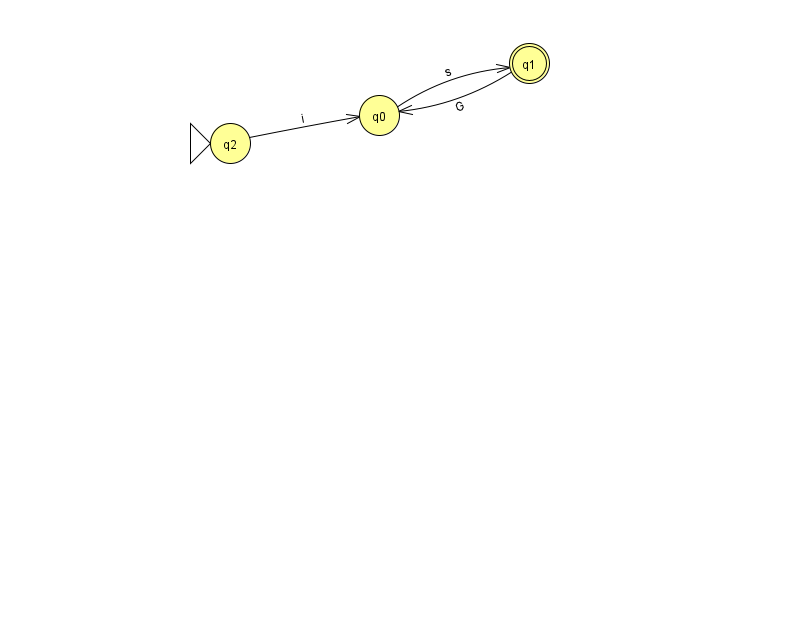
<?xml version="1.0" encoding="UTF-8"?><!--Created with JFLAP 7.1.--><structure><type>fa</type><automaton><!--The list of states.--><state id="0" name="q0"><x>379.0</x><y>102.0</y></state><state id="1" name="q1"><x>529.0</x><y>50.0</y><final/></state><state id="2" name="q2"><x>230.0</x><y>130.0</y><initial/></state><!--The list of transitions.--><transition><from>0</from><to>1</to><read>s</read></transition><transition><from>1</from><to>0</to><read>G</read></transition><transition><from>2</from><to>0</to><read>i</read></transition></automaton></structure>